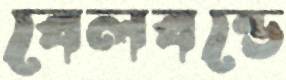
বেলবন্ডে